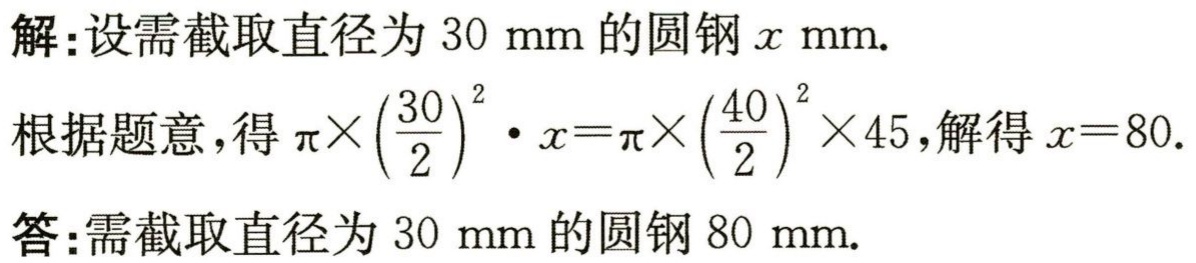
解:设需截取直径为 \(30\mathrm{mm}\) 的圆钢 \(x\mathrm{mm}\).

根据题意，得 \(\pi\times\left(\dfrac{30}{2}\right)^{2}\cdot x = \pi\times\left(\dfrac{40}{2}\right)^{2}\times45\)，解得 \(x = 80\).

答:需截取直径为 \(30\mathrm{mm}\) 的圆钢 \(80\mathrm{mm}\).